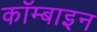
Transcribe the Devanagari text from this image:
कॉम्बाइन